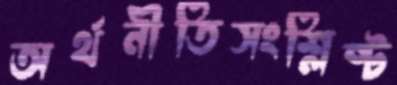
অর্থনীতিসংশ্লিষ্ট